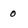
Character: 0